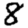
Digit: 8